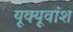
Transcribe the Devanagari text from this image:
यूक्यूवांश